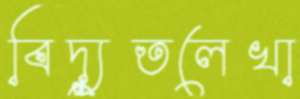
বিদ্যুতলেখা